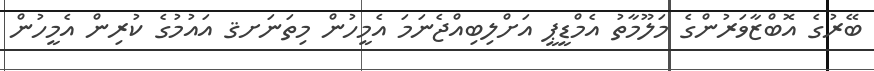
ބޭރުގެ އޮބްޒާވަރުންގެ މަލޫމާތު އެމްޑީޕީ އަށްލިބިއްޖެނަމަ އެމީީހުން މިތަނަށޤ އައުމުގެ ކުރިން އެމީހުން